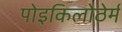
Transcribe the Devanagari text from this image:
पोइकिलोठेर्म